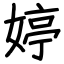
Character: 婷